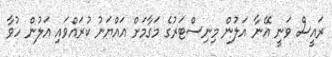
ރައީސް ވަނީ އޭނާ އަލުން މިނިސްޓަރުގެ މަގާމަށް އައްޔަނު ކުރައްވައި އަލުން ހުވާ